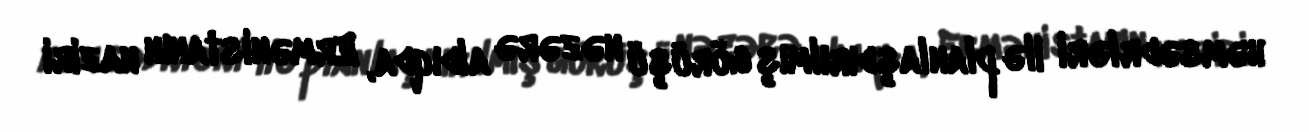
həmsədrləri ilə planlaşdırılmış görüşü nəzərə aldıqda, Ermənistanın naziri